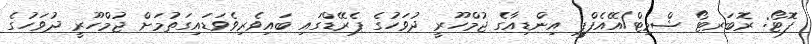
ފޮޓޯ: ރޮބަރޓޯ ޝްމިޓް/އޭއެފްޕީ އިންޑިއާގެ ޖުމްހޫރީ ދުވަހުގެ ޕެރޭޑްގައި ބައިވެރިވެވަޑައިގަތުމަށް ޖުމްހޫރީ ދުވަހުގެ